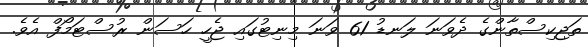
ތަޖިކިސްތާންގެ ދެވަނަ ލަނޑު 61 ވަނަ މިނިޓުގައި ޖެހީ ހަސަން ރުސްޓަމޯފް އެވެ.